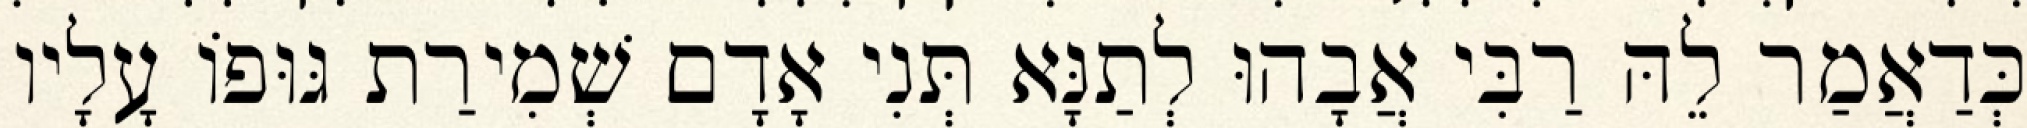
כְּדַאֲמַר לֵהּ רַבִּי אֲבָהוּ לְתַנָּא תְּנִי אָדָם שְׁמִירַת גּוּפוֹ עָלָיו